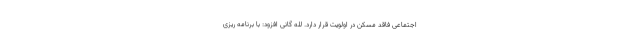
اجتماعی فاقد مسکن در اولویت قرار دارد. لله گانی افزود: با برنامه ریزی